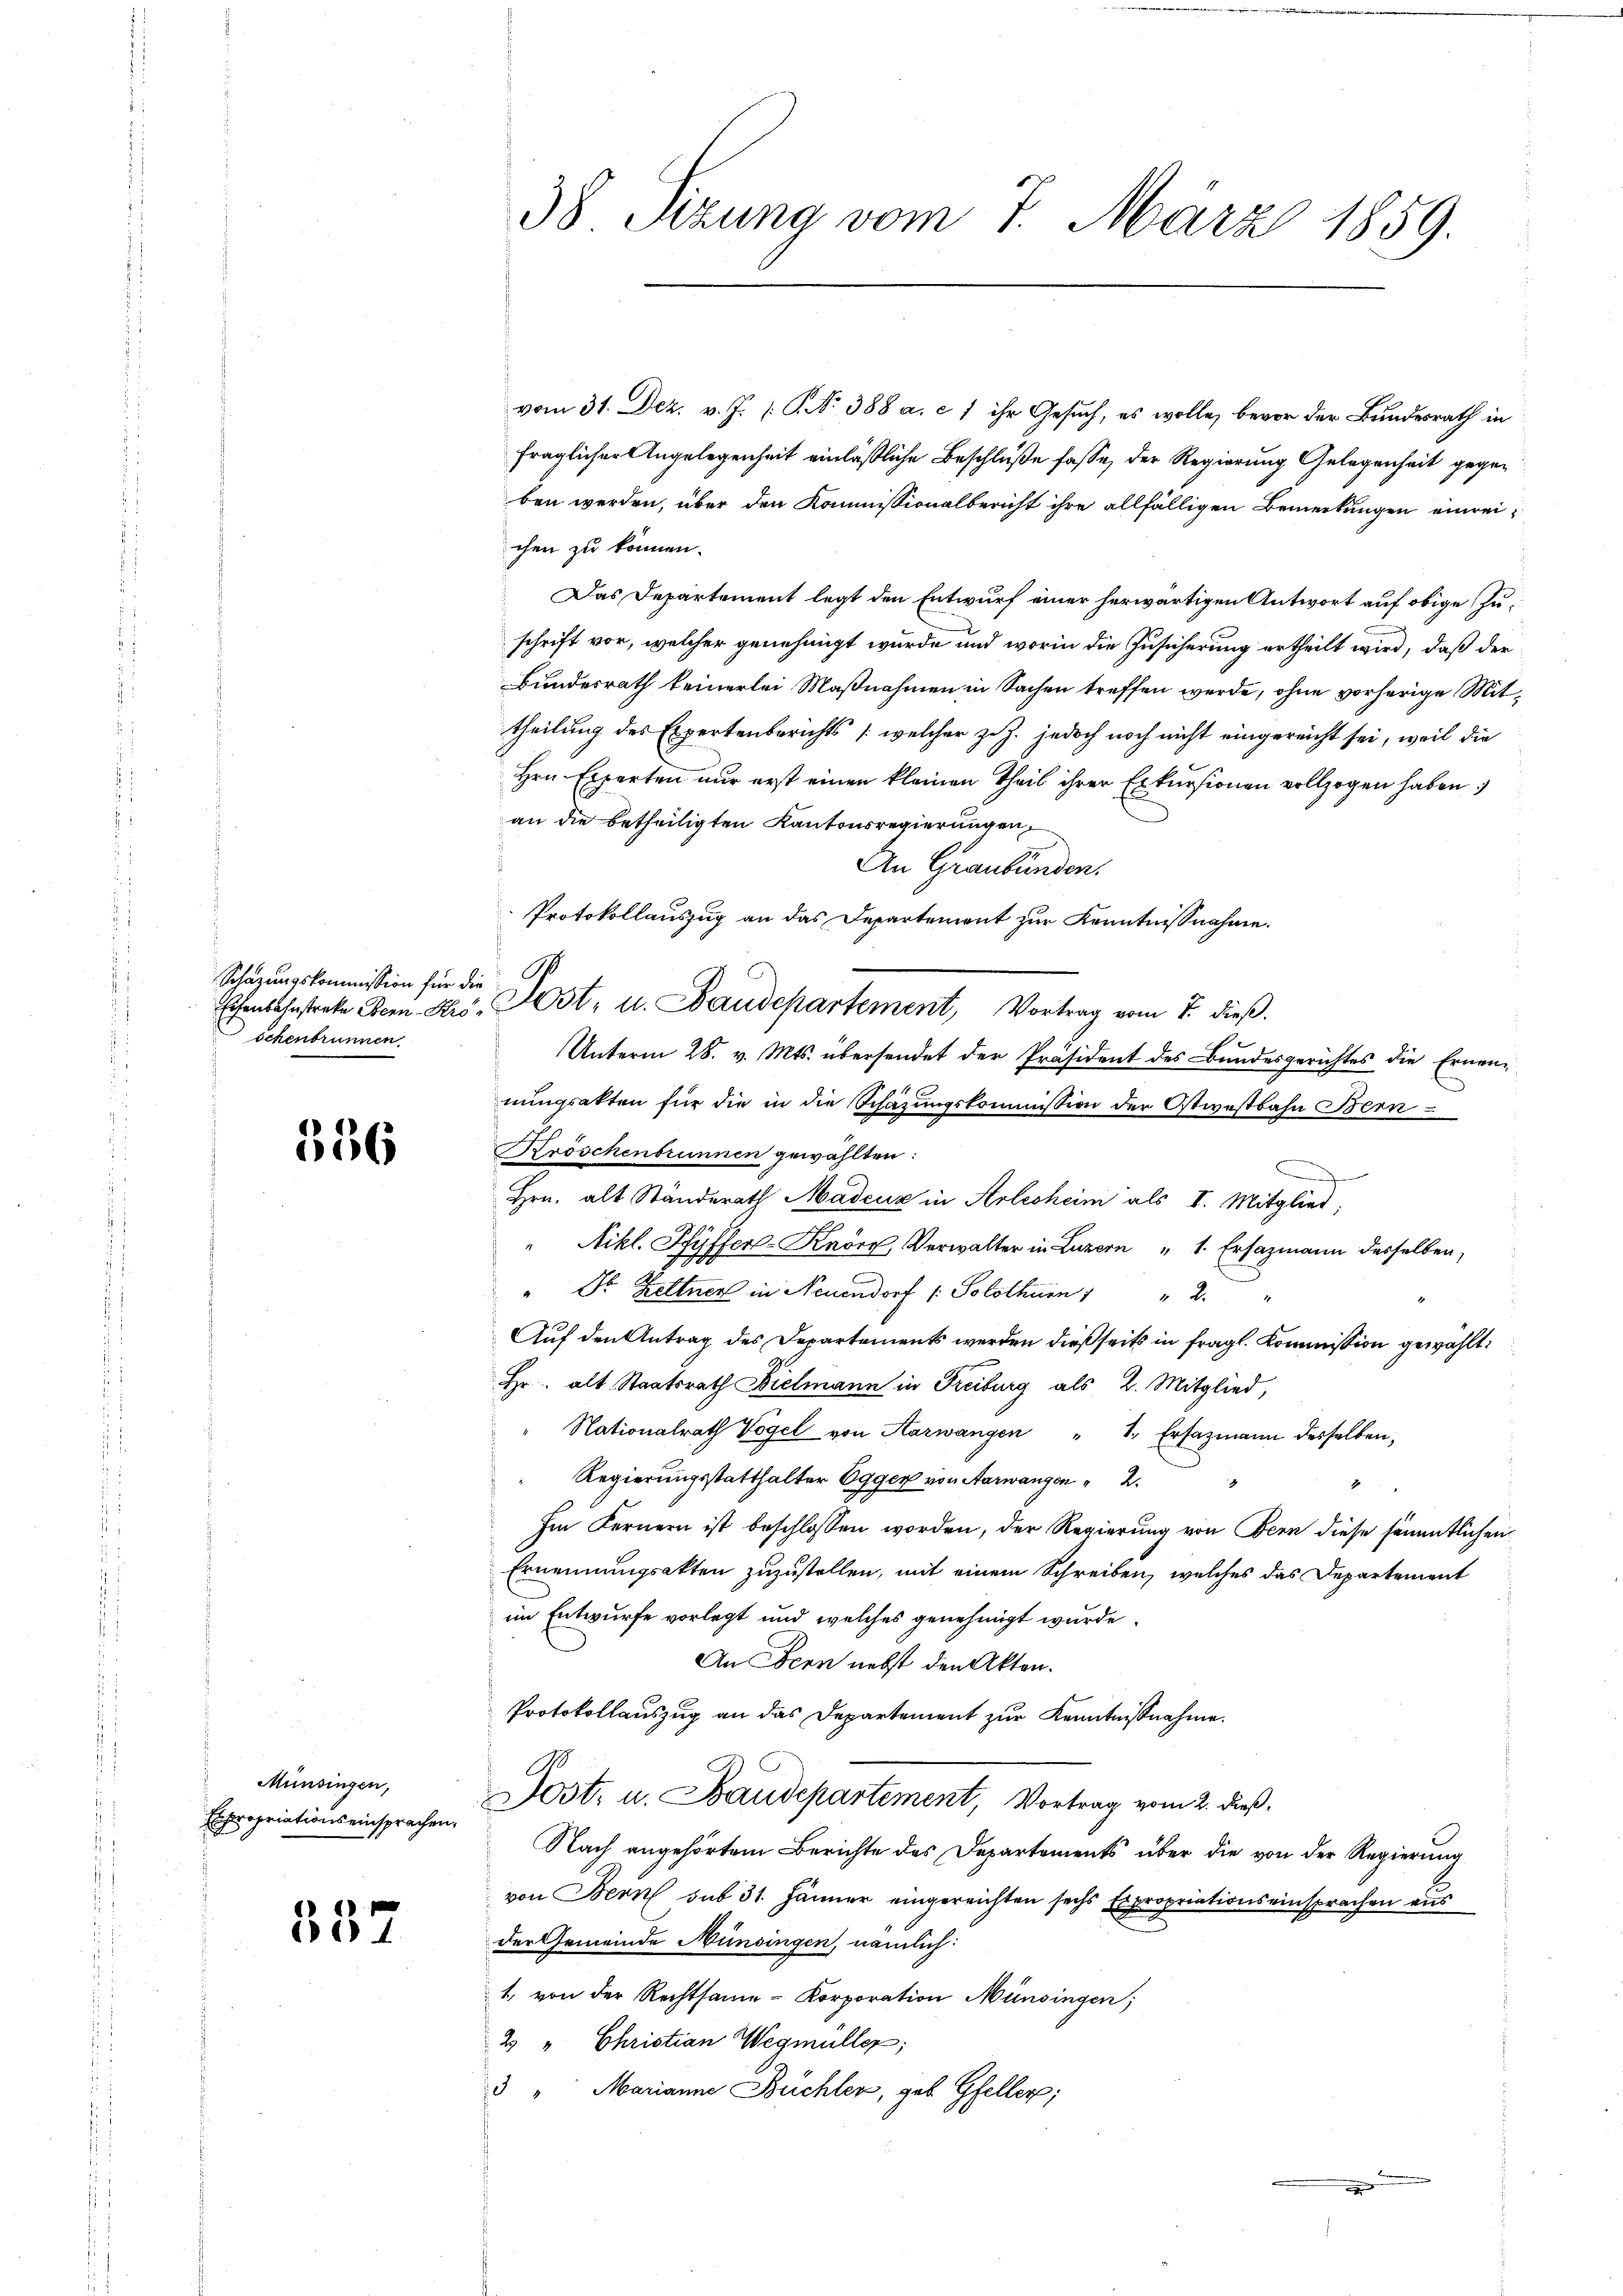
Schazungskommission für die
Schenbrunnen.

356

Münsingen,
Expropriationseinsprachen.

357

vom 31. Dez. v. J. /: No 388 a. c. 1 ihr Gesuch, es wolle, bevor der Bundesrath in
fraglicher Angelegenheit einläßliche Beschluße fasse, der Regierung Gelegenheit gegeben werden, über den Kommissionalbericht ihre allfälligen Bemerkungen einreichen zu können.
Das Departement legt den Entwurf einer herwärtigen Antwort auf obige Zuschrift vor, welcher genehmigt wurde und worin die Zusicherung ertheilt wird, daß der
Bundesrath keinerlei Maßnahmen in Sachen treffen werde, ohne vorherige Mittheilung des Expertenberichts (welcher zu Z. jedoch noch nicht eingereicht sei, weil die
Hrn Experten nur erst einen kleinen Theil ihrer Erkursionen vollzogen haben.
an die betheiligten Kantonsregierungen,
An Graubünden.
Protokollauszug an das Departement zur Kenntnissnahme.
Unterm 28. v. Mts. übersendet der Präsident des Bundesgerichtes die Ernenmungsakten für die in die Schazungskommission der Ostwestbahn Bern
röschenbrunnen gewählten:
D
Hrn. alt Ständerath Madenz in Arlesheim als I. Mitglied;
" Nikl. Pfyffer-Kör Verwalter in Luzern " 1. Ersazmann desselben,
" Dr. Keltner in Neuendorf /: Solothurn " " 2 "
Auf den Antrag des Departements werden dießseits in fragl. Kommission gewählt:
Hr. alt Staatsrath Bielmann in Freiburg als 2. Mitglied,
Nationalrath Vogel von Aarwangen " 1. Ersazmann derselben,
Regierungsstatthalter Egger von Aarwangen 2.
4
Im Fernern ist beschlossen worden, der Regierung von Bern diese sämmtlichen
Ernennungsakten zuzustellen, mit einem Schreiben, welches das Departement
im Entwurfe vorlegt und welches genehmigt wurde
An Denn nebst den Akten.
Protokollauszug an das Departement zur Kenntnißnahme.
Post- u. Baudepartement, Vortrag vom 2. dieß.
Nach angehörtem Berichte des Departements über die von der Regierung
von Bern sub 31. Jänner eingereichten sechs Expropriationseinsprachen aus
der Gemeinde Münsingen, nämlich:
1, von der Rechtsame - Korporation Münsingen;
2 " Christian Wegmüller;
3 " Marianne Büchler, geb. Gfeller;

38 Sizung vom 7. März 1859.

Eisenbahnstrate For-Ko. Post- u. Baudepartement, Vortrag vom 7. dieβ.